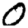
Digit: 0